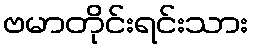
ဗမာတိုင်းရင်းသား